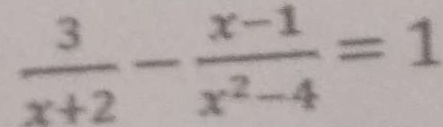
\frac { 3 } { x + 2 } - \frac { x - 1 } { x ^ { 2 } - 4 } = 1